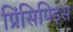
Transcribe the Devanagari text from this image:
प्रिंसिपिइस